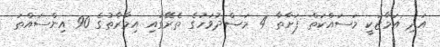
އަދި އަމާޒަކީ މަސައްކަތް ފަށާތާ 4 މަސްދުވަހުގެ ތެރޭގައި އިމާރާތުގެ 90 އިންސައްތަ